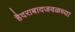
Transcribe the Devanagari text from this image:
हैदराबादजवळच्या